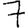
Digit: 7